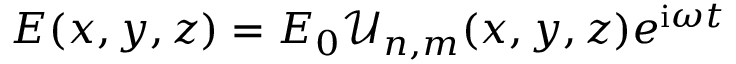
E ( x , y , z ) = E _ { 0 } \mathcal { U } _ { n , m } ( x , y , z ) e ^ { \mathrm { i } \omega t }